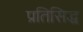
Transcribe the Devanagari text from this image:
प्रतिसिद्ध